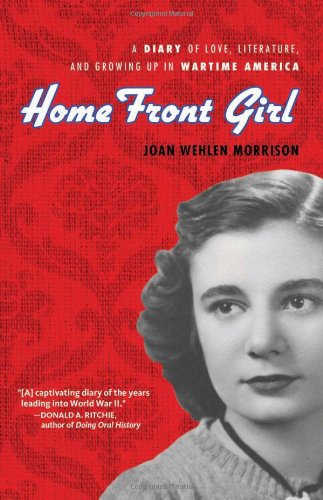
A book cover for Home Front Girl: A Diary of Love, Literature, and Growing Up in Wartime America; Joan Wehlen Morrison; Teen & Young Adult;